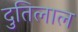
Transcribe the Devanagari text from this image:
दुतिलाल